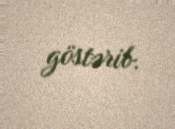
göstərib.